Annual report of the Punjab Veterinary College and of the Civil Veterinary Department, Punjab - 1909-1919
Year: 1909
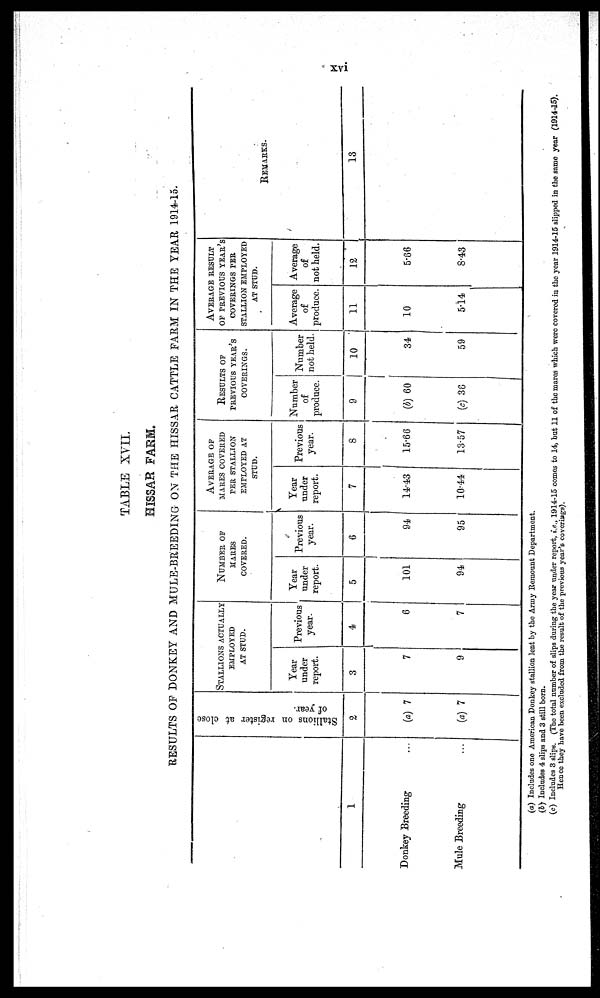
xvi
TABLE XVII.
HISSAR FARM.
RESULTS OF DONKEY AND MULE-BREEDING ON THE HISSAR CATTLE FARM IN THE YEAR 1914-15.
1
Donkey Breeding ...
Mule Breeding ...
Stallions on register at close
of year.
2
( a) 7
(a) 7
STALLIONS ACTUALLY
EMPLOYED
AT STUD.
Year
under
report.
3
7
9
Previous
year.
4
6
7
NUMBER OF
MARKS
COVERED.
Year
under
report.
5
101
94
Previous
year.
6
94
95
AVERAGE OF
MARES COVERED
PER STALLION
EMPLOYED AT
STUD.
Year
under
report.
7
14.43
10.44
Previous
year.
8
15.66
13.57
RESULTS OF
PREVIOUS YEAR'S
COVERINGS.
Number
of
produce.
9
(b) 60
(e) 36
Number
not held.
10
34
59
AVERAGE RESULT
OF PREVIOUS YEAR'S
COVERINGS TER
STALLION EMPLOYED
AT STUD.
Average
of
produce.
11
10
5.14
Average
of
not held.
12
5.66
8.43
REMARKS.
13
(a) Includes one American Donkey stallion lent by the Army Remount Department.
(b) Includes 4 slips and 3 still born.
(c) Includes 3 slips. (The total number of slips during the year under report, i.e., 1914-15 comes to 14, but 11 of the mares which were covered in the year 1914-15 slipped in the same year (1914-15).
Hence they have been excluded from the result of the previous year's covering).